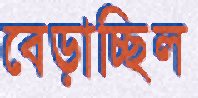
বেড়াচ্ছিল